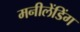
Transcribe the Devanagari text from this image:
मनीलेंडिंग